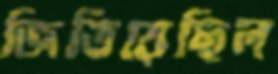
জিতিয়েছিল